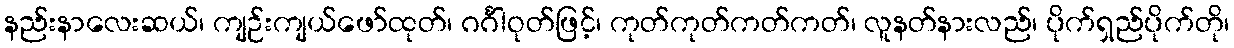
နည်းနာလေးဆယ်၊ ကျဉ်းကျယ်ဖော်ထုတ်၊ ဂင်္ဂါဝုတ်ဖြင့်၊ ကုတ်ကုတ်ကတ်ကတ်၊ လူနတ်နားလည်၊ ပိုက်ရှည်ပိုက်တို၊